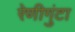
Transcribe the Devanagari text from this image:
रेणीगुंटा